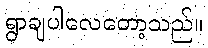
ရွာချပါလေတော့သည်။